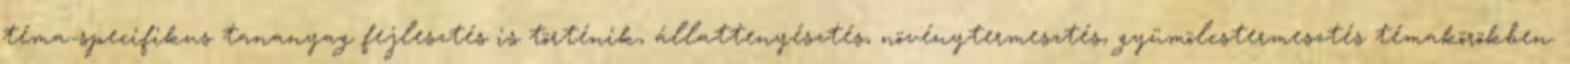
téma-specifikus tananyag fejlesztés is történik, állattenyésztés, növénytermesztés, gyümölcstermesztés témakörökben.